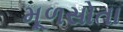
મૂળસોતા